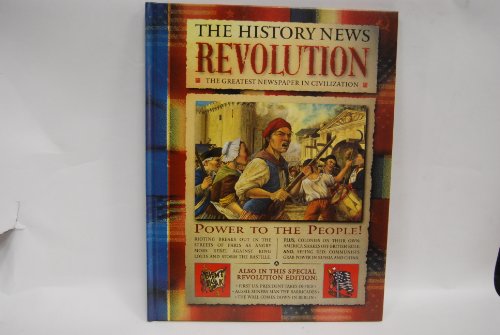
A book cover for Revolution (History News (Gareth Stevens)); Christopher Maynard; Children's Books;